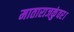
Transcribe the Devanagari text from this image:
माताराजकुंवर।